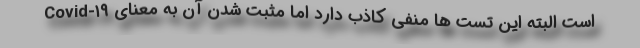
Covid-۱۹ است البته این تست ها منفی کاذب دارد اما مثبت شدن آن به معنای